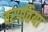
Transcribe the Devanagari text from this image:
चरपतिया